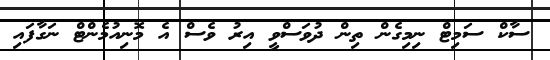
ސާކް ސަމިޓް ނިމިގެން ތިން ދުވަސްވީ އިރު ވެސް އެ މޮނިއުމެންޓް ނަގާފައި